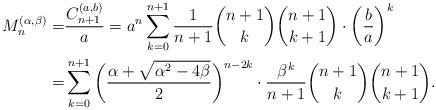
LaTeX: \begin{align*}M_n^{(\alpha,\beta)}=&\frac{C_{n+1}^{(a,b)}}{a}=a^{n}\sum_{k=0}^{n+1}\frac1{n+1}\binom{n+1}{k}\binom{n+1}{k+1}\cdot\bigg(\frac ba\bigg)^k\\=&\sum_{k=0}^{n+1}\bigg(\frac{\alpha+\sqrt{\alpha^2-4\beta}}2\bigg)^{n-2k}\cdot\frac{\beta^k}{n+1}\binom{n+1}{k}\binom{n+1}{k+1}.\end{align*}